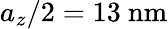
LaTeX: a_{z}/2=13~\mathrm{nm}